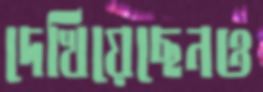
দেখিয়েছেনও